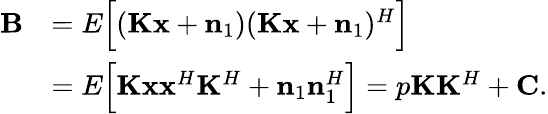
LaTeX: \begin{array}{rl}{\mathbf{B}}&{=E\Big[(\mathbf{K}\mathbf{x}+\mathbf{n}_{1})(\mathbf{K}\mathbf{x}+\mathbf{n}_{1})^{H}\Big]}\\ &{=E\Big[\mathbf{K}\mathbf{x}\mathbf{x}^{H}\mathbf{K}^{H}+\mathbf{n}_{1}\mathbf{n}_{1}^{H}\Big]=p\mathbf{K}\mathbf{K}^{H}+\mathbf{C}.}\end{array}